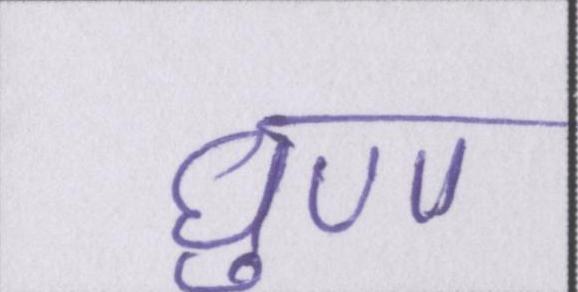
घृणा